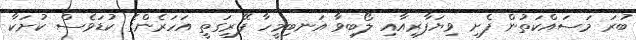
ބުރަ މަސައްކަތުން ފެށި ވިޔަފާރިއާއި ލޯބިވާ އަނބިމީހާ ފޭރިގަތީ އަހަރެންގެ ކުޑަވެސް ކުށަކާ